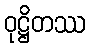
ဝုဋ္ဌိတဿ